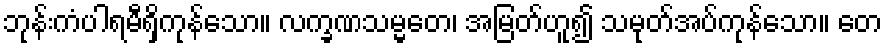
ဘုန်းကံပါရမီရှိကုန်သော။ လက္ခဏသမ္မတေ၊ အမြတ်ဟူ၍ သမုတ်အပ်ကုန်သော။ တေ